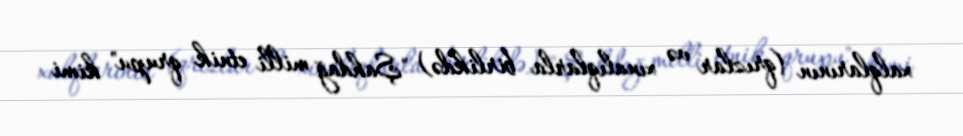
xalqlarının (qrızlar və xınalıqlarla birlikdə) "Şahdağ milli etnik qrupu" kimi